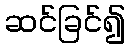
ဆင်ခြင်၍